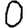
Digit: 0